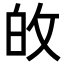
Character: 敀